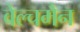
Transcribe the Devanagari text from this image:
वेल्चमैन